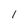
Character: 1